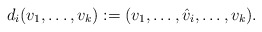
\begin{align*}d_{i}(v_{1},\dots, v_{k} ) := (v_{1}, \dots , \hat{v}_{i}, \dots, v_{k}).\end{align*}